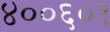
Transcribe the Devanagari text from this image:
४००६०१